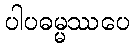
ပါပဓမ္မဿပေ